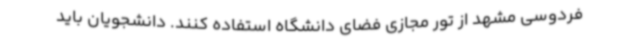
فردوسی مشهد از تور مجازی فضای دانشگاه استفاده کنند. دانشجویان باید